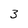
Character: 3